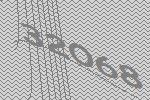
32068